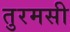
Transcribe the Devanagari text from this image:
तुरमसी